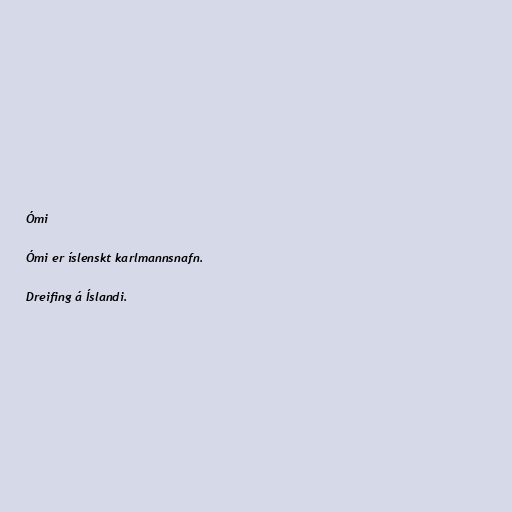
Ómi

Ómi er íslenskt karlmannsnafn.

Dreifing á Íslandi.